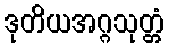
ဒုတိယအဂ္ဂသုတ္တံ